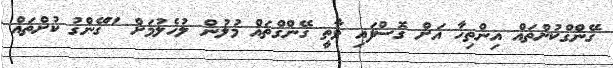
ގޭންގްކުށްތައް އިންތިހާ އަށް ގޮސްފައި ވާތީ ގޭންގްތައް މުލުން ލުހެލުމަށް "ގޭންގު ކުށްތައް